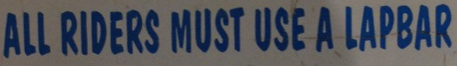
ALL RIDERS MUST USE A LAPBAR